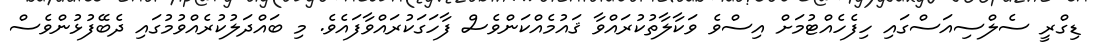
ޑިގްރީ ސެލްސިއަސްގައި ހިފެހެއްޓުމަށް އިސްވެ ވަކާލާތުކުރައްވާ ޤައުމެއްކަންވެސް ފާހަގަކުރައްވާފައެވެ. މި ބައްދަލުކުރެއްވުމުގައި ދެބޭފުޅުންވެސް